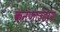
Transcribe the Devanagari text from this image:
कनफाउंडर्स